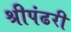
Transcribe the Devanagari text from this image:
श्रीपंढरी